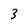
Character: 3